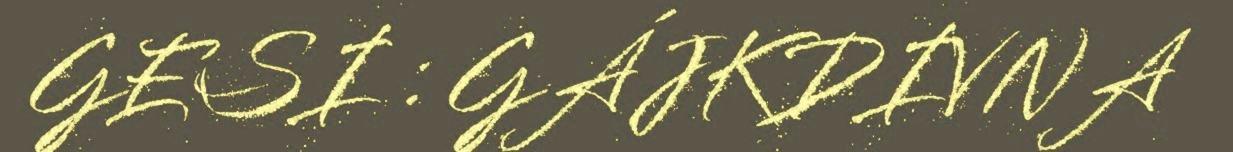
GESI : GÁJKDIVNA